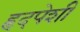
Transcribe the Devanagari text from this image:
हृदपेशी